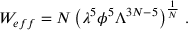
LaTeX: W _ { e f f } = N \left( \lambda ^ { 5 } \phi ^ { 5 } \Lambda ^ { 3 N - 5 } \right) ^ { \frac { 1 } { N } } \, .